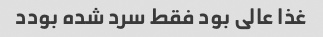
غذا عالی بود فقط سرد شده بودد